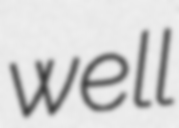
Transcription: well